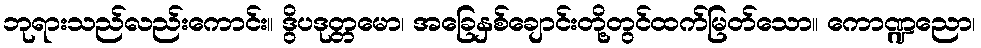
ဘုရားသည်လည်းကောင်း။ ဒွိပဒုတ္တမော၊ အခြေနှစ်ချောင်းတို့တွင်ထက်မြတ်သော။ ကောဏ္ဍညော၊